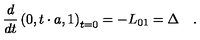
\frac d { d t } \left( 0 , t \cdot a , 1 \right) _ { t = 0 } = - L _ { 0 1 } = \Delta \quad .